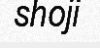
shoji